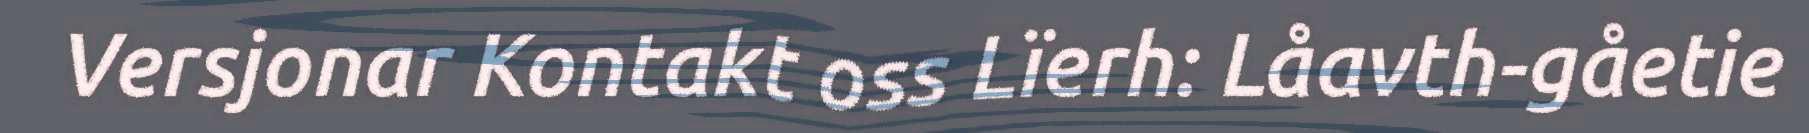
Versjonar Kontakt oss Lïerh: Låavth-gåetie